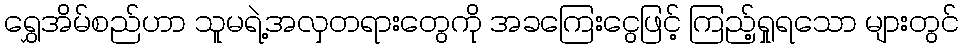
ရွှေအိမ်စည်ဟာ သူမရဲ့အလှတရားတွေကို အခကြေးငွေဖြင့် ကြည့်ရှုရသော များတွင်